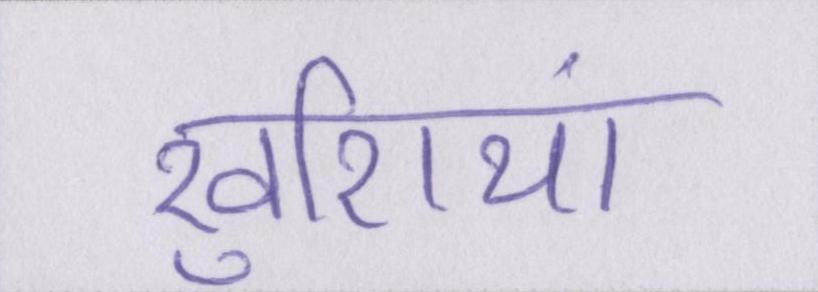
खुशियां